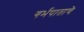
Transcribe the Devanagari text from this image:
गर्भपाताचे